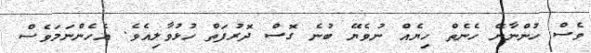
ވެސް ހުންނާނޭ ހެނެތް ހިޔެއް ނުވެޔޭ ބުނެ ގޮސް ދޮރުފަތް ހުޅުވާލިއެވެ. އެހެންނަމަވެސް